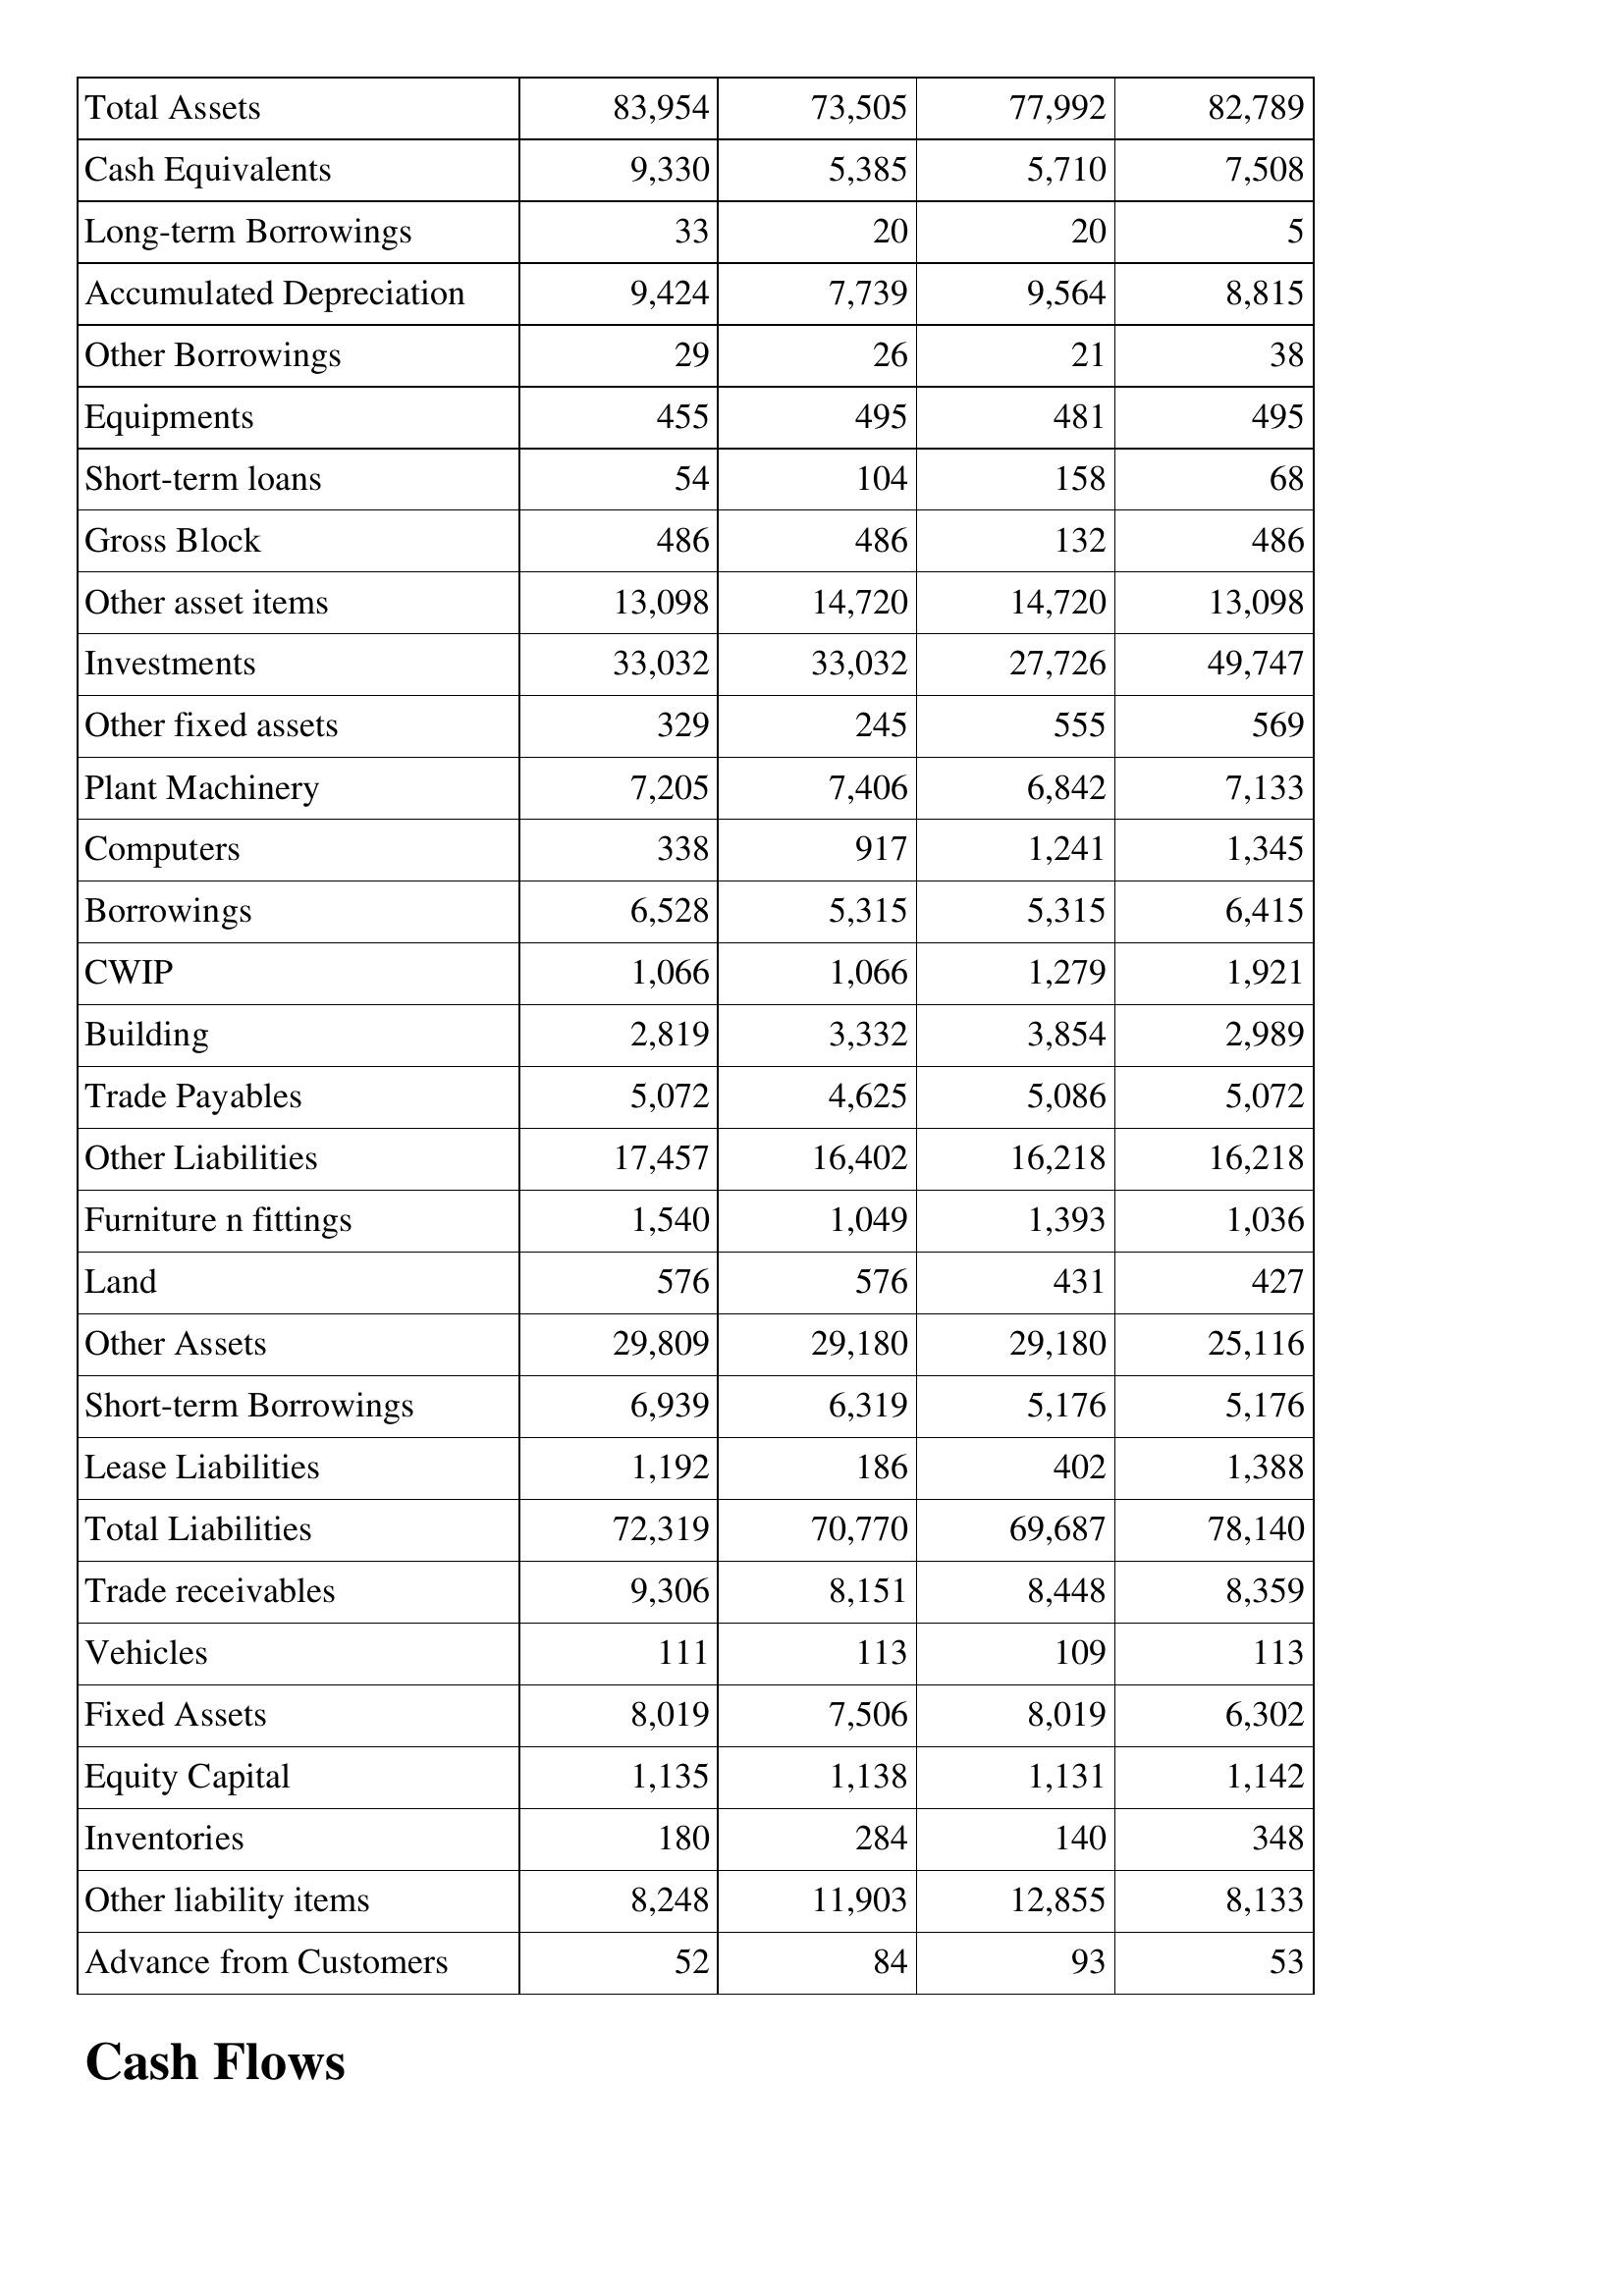
Mar-09: Balance Sheet: Total Assets: 83,954
Cash Equivalents: 9,330
Long-term Borrowings: 33
Accumulated Depreciation: 9,424
Other Borrowings: 29
Equipments: 455
Short-term loans: 54
Gross Block: 486
Other asset items: 13,098
Investments: 33,032
Other fixed assets: 329
Plant Machinery: 7,205
Computers: 338
Borrowings: 6,528
CWIP: 1,066
Building: 2,819
Trade Payables: 5,072
Other Liabilities: 17,457
Furniture n fittings: 1,540
Land: 576
Other Assets: 29,809
Short-term Borrowings: 6,939
Lease Liabilities: 1,192
Total Liabilities: 72,319
Trade receivables: 9,306
Vehicles: 111
Fixed Assets: 8,019
Equity Capital: 1,135
Inventories: 180
Other liability items: 8,248
Advance from Customers: 52
Mar-10: Balance Sheet: Total Assets: 73,505
Cash Equivalents: 5,385
Long-term Borrowings: 20
Accumulated Depreciation: 7,739
Other Borrowings: 26
Equipments: 495
Short-term loans: 104
Gross Block: 486
Other asset items: 14,720
Investments: 33,032
Other fixed assets: 245
Plant Machinery: 7,406
Computers: 917
Borrowings: 5,315
CWIP: 1,066
Building: 3,332
Trade Payables: 4,625
Other Liabilities: 16,402
Furniture n fittings: 1,049
Land: 576
Other Assets: 29,180
Short-term Borrowings: 6,319
Lease Liabilities: 186
Total Liabilities: 70,770
Trade receivables: 8,151
Vehicles: 113
Fixed Assets: 7,506
Equity Capital: 1,138
Inventories: 284
Other liability items: 11,903
Advance from Customers: 84
Mar-11: Balance Sheet: Total Assets: 77,992
Cash Equivalents: 5,710
Long-term Borrowings: 20
Accumulated Depreciation: 9,564
Other Borrowings: 21
Equipments: 481
Short-term loans: 158
Gross Block: 132
Other asset items: 14,720
Investments: 27,726
Other fixed assets: 555
Plant Machinery: 6,842
Computers: 1,241
Borrowings: 5,315
CWIP: 1,279
Building: 3,854
Trade Payables: 5,086
Other Liabilities: 16,218
Furniture n fittings: 1,393
Land: 431
Other Assets: 29,180
Short-term Borrowings: 5,176
Lease Liabilities: 402
Total Liabilities: 69,687
Trade receivables: 8,448
Vehicles: 109
Fixed Assets: 8,019
Equity Capital: 1,131
Inventories: 140
Other liability items: 12,855
Advance from Customers: 93
Mar-12: Balance Sheet: Total Assets: 82,789
Cash Equivalents: 7,508
Long-term Borrowings: 5
Accumulated Depreciation: 8,815
Other Borrowings: 38
Equipments: 495
Short-term loans: 68
Gross Block: 486
Other asset items: 13,098
Investments: 49,747
Other fixed assets: 569
Plant Machinery: 7,133
Computers: 1,345
Borrowings: 6,415
CWIP: 1,921
Building: 2,989
Trade Payables: 5,072
Other Liabilities: 16,218
Furniture n fittings: 1,036
Land: 427
Other Assets: 25,116
Short-term Borrowings: 5,176
Lease Liabilities: 1,388
Total Liabilities: 78,140
Trade receivables: 8,359
Vehicles: 113
Fixed Assets: 6,302
Equity Capital: 1,142
Inventories: 348
Other liability items: 8,133
Advance from Customers: 53